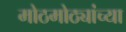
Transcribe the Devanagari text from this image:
मोठमोठ्यांच्या